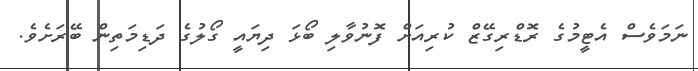
ނަމަވެސް އެޓީމުގެ ރޮޑްރިގޭޒް ކުރިއަށް ފޮނުވާލި ބޯޅަ ދިޔައީ ގޯލުގެ ދަޑިމަތިން ބޭރަށެވެ.